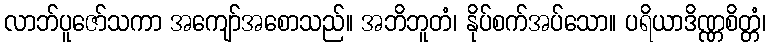
လာဘ်ပူဇော်သကာ အကျော်အစောသည်။ အဘိဘူတံ၊ နိုပ်စက်အပ်သော။ ပရိယာဒိဏ္ဏစိတ္တံ၊